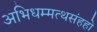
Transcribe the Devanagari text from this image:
अभिधम्मत्थसंहहो